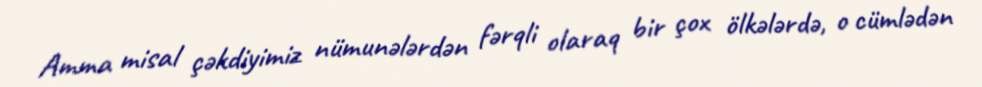
Amma misal çəkdiyimiz nümunələrdən fərqli olaraq bir çox ölkələrdə, o cümlədən